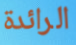
الرائدة